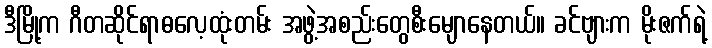
ဒီမြို့က ဂီတဆိုင်ရာဓလေ့ထုံးတမ်း အဖွဲ့အစည်းတွေစီးမျောနေတယ်။ ခင်ဗျားက မိုးဇက်ရဲ့